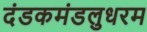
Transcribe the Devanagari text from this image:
दंडकमंडलुधरम